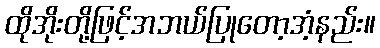
ထိုအိုးတို့ဖြင့်အဘယ်ပြုတော့အံ့နည်း။